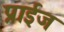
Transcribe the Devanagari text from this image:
प्राईज